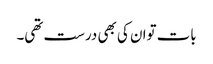
بات توان کی بھی درست تھی۔